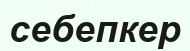
себепкер